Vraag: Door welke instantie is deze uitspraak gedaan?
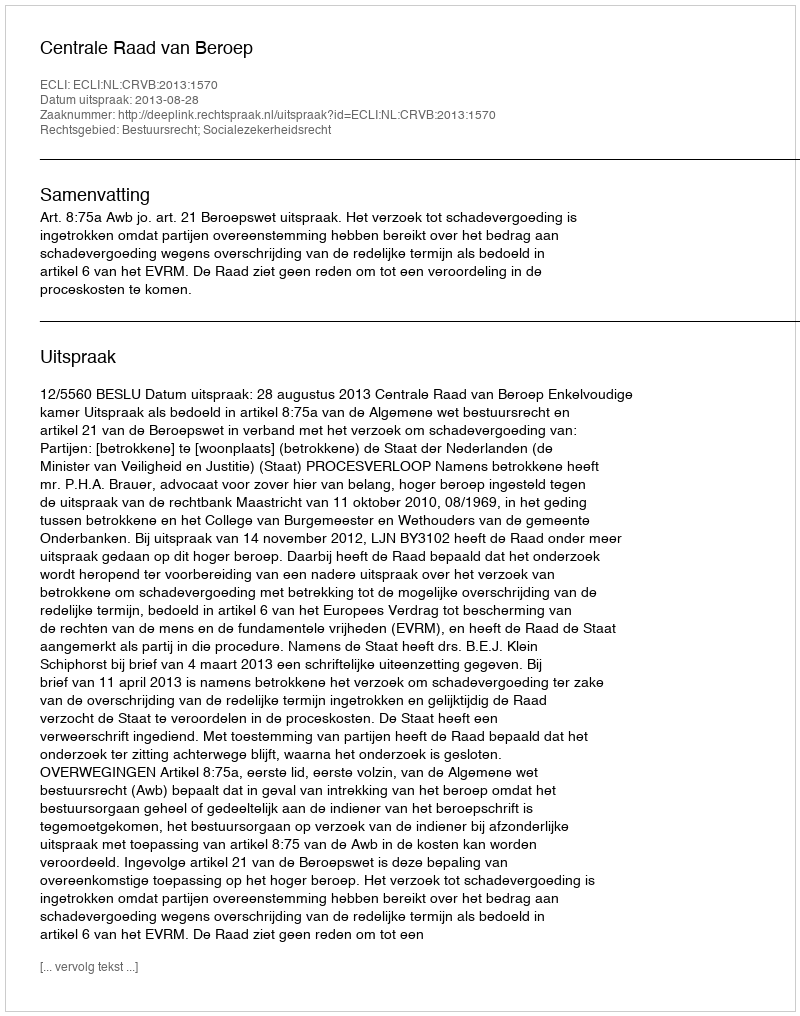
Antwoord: Centrale Raad van Beroep